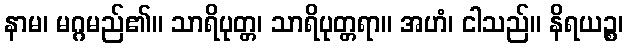
နာမ၊ မဂ္ဂမည်၏။ သာရိပုတ္တ၊ သာရိပုတ္တရာ။ အဟံ၊ ငါသည်။ နိရယဉ္စ၊